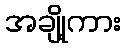
အချို့ကား